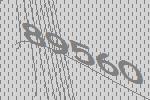
89560